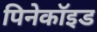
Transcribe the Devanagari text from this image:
पिनेकॉइड